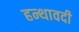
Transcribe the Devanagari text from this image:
हन्थावदी